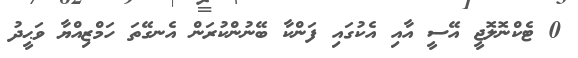
0 ޓެކްނޮލޮޖީ އޭސީ އާއި އެކުގައި ފަންކާ ބޭނުންކުރަން އެނގޭތަ ހަމްޒިއްޔާ ވަޙީދު